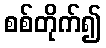
စစ်တိုက်၍